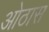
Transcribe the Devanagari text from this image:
ओठास